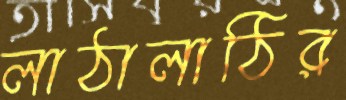
লাঠালাঠির